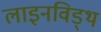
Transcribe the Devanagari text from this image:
लाइनविड्थ